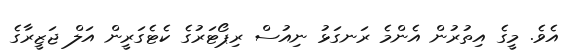
އެވެ. މީގެ އިތުރުން އެންމެ ރަނގަޅު ނިއުސް ރިޕޯޓަރުގެ ކެޓެގަރީން އަލް ޖަޒީރާގެ